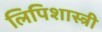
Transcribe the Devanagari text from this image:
लिपिशास्त्री